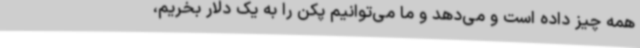
همه چیز داده است و می‌دهد و ما می‌توانیم پکن را به یک دلار بخریم،